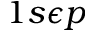
1 s \epsilon p